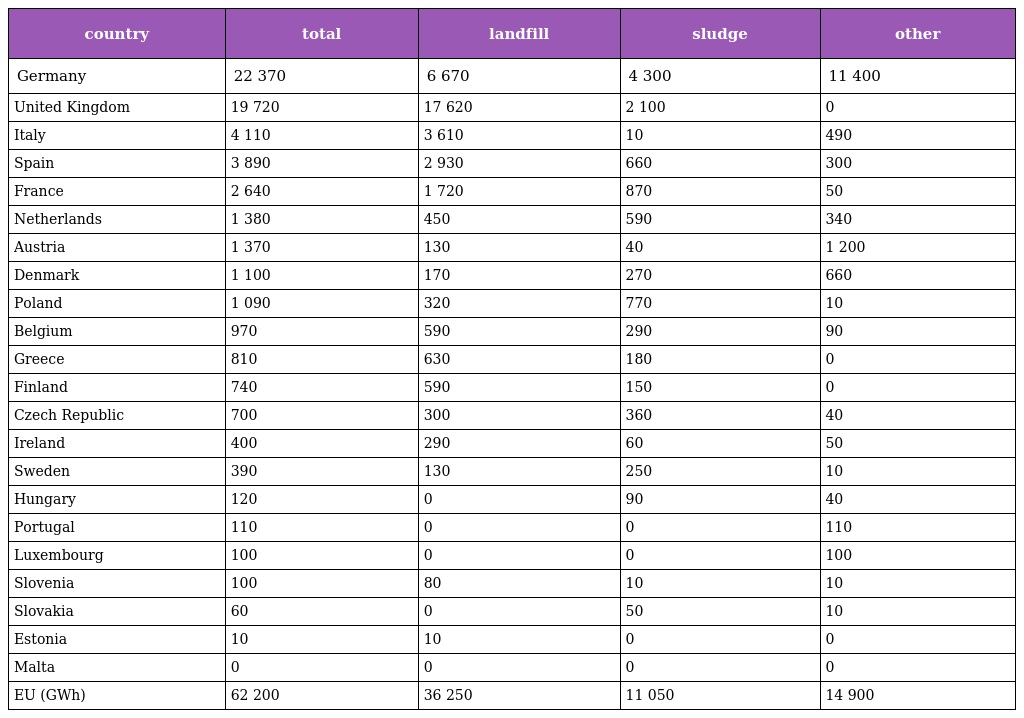
| country | total | landfill | sludge | other |
 | --- | --- | --- | --- | --- |
 | Germany | 22 370 | 6 670 | 4 300 | 11 400 |
 | United Kingdom | 19 720 | 17 620 | 2 100 | 0 |
 | Italy | 4 110 | 3 610 | 10 | 490 |
 | Spain | 3 890 | 2 930 | 660 | 300 |
 | France | 2 640 | 1 720 | 870 | 50 |
 | Netherlands | 1 380 | 450 | 590 | 340 |
 | Austria | 1 370 | 130 | 40 | 1 200 |
 | Denmark | 1 100 | 170 | 270 | 660 |
 | Poland | 1 090 | 320 | 770 | 10 |
 | Belgium | 970 | 590 | 290 | 90 |
 | Greece | 810 | 630 | 180 | 0 |
 | Finland | 740 | 590 | 150 | 0 |
 | Czech Republic | 700 | 300 | 360 | 40 |
 | Ireland | 400 | 290 | 60 | 50 |
 | Sweden | 390 | 130 | 250 | 10 |
 | Hungary | 120 | 0 | 90 | 40 |
 | Portugal | 110 | 0 | 0 | 110 |
 | Luxembourg | 100 | 0 | 0 | 100 |
 | Slovenia | 100 | 80 | 10 | 10 |
 | Slovakia | 60 | 0 | 50 | 10 |
 | Estonia | 10 | 10 | 0 | 0 |
 | Malta | 0 | 0 | 0 | 0 |
 | EU (GWh) | 62 200 | 36 250 | 11 050 | 14 900 |